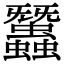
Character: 𧕽